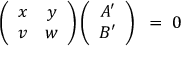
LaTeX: \left( \begin{array} { c c } { { x } } & { { y } } \\ { { v } } & { { w } } \end{array} \right) \left( \begin{array} { c } { { A ^ { \prime } } } \\ { { B ^ { \prime } } } \end{array} \right) ~ = ~ 0